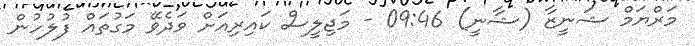
މަރްޔަމް ޝަނީޒާ (ޝާނީ) 09:46 - މަޖިލީސް ކައިރިއަށް ވަދެވޭ މަގުތައް ފުލުހުން